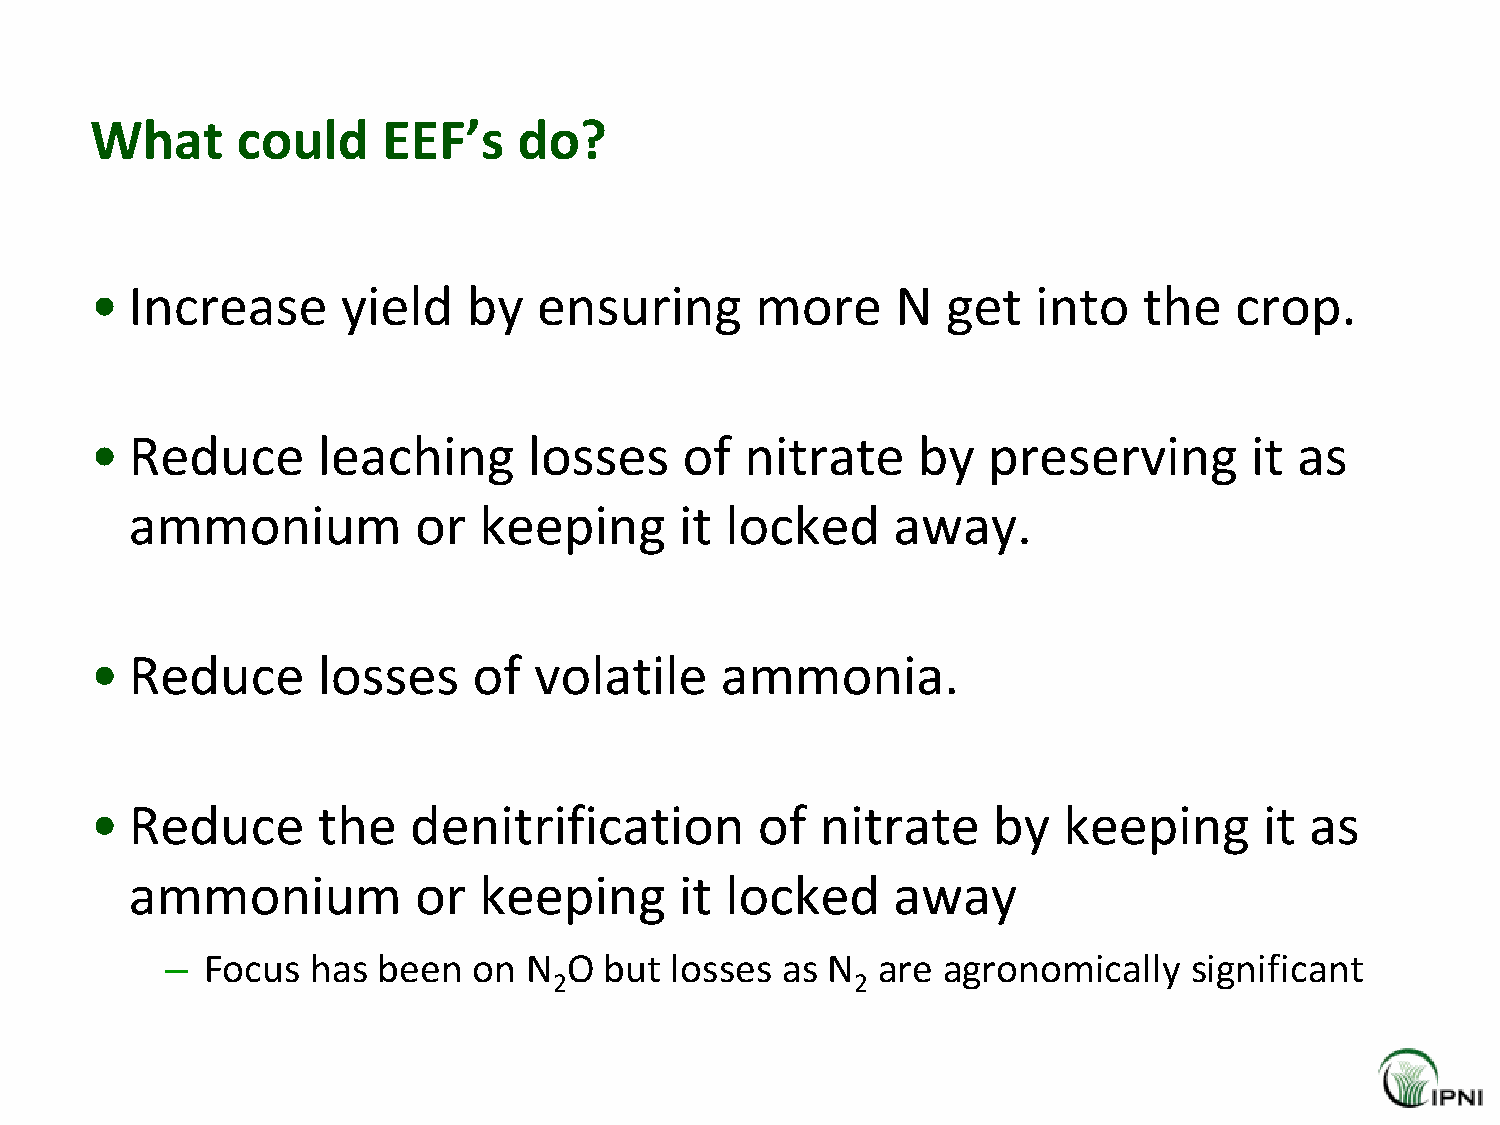
What      could    EEF’s    do?
 •  Increase      yield   by   ensuring      more     N   get   into   the   crop.
 •  Reduce      leaching      losses    of  nitrate     by  preserving        it as
 ammonium          or   keeping      it locked     away.
 •  Reduce      losses    of  volatile     ammonia.
 •  Reduce      the   denitrification        of  nitrate     by  keeping       it as
 ammonium          or   keeping      it locked     away
 – Focus   has been  on  N  O but losses  as N  are agronomically    significant
 2                   2